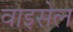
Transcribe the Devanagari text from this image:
वाइसेल